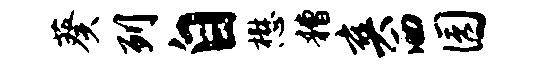
葵列自懋糟爽洒园